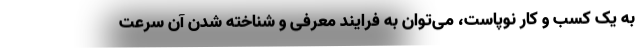
به یک کسب و کار نوپاست، می‌توان به فرایند معرفی و شناخته شدن آن سرعت